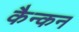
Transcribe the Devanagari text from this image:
कैन्कन